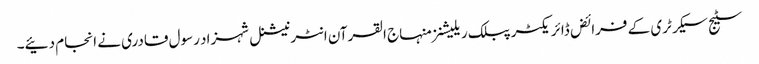
سٹیج سیکرٹری کے فرائض ڈائریکٹر پبلک ریلیشنز منہاج القرآن انٹرنیشنل شہزاد رسول قادری نے انجام دئیے۔